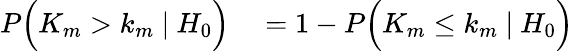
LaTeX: \begin{array}{rl}{P\Big(K_{m}>k_{m}\ |\ H_{0}\Big)}&{{}=1-P\Big(K_{m}\leq k_{m}\ |\ H_{0}\Big)}\end{array}